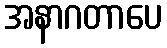
အနာဂတာပေ